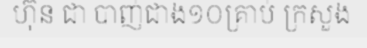
ហ៊ុន ជា បាញ់ជាង១០គ្រាប់ ក្រសួង